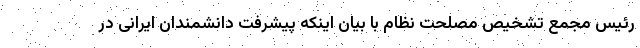
رئیس مجمع تشخیص مصلحت نظام با بیان اینکه پیشرفت دانشمندان ایرانی در